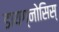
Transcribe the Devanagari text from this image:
डायग्नोसिस्